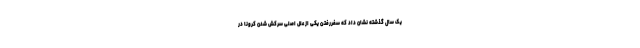
یک سال گذشته نشان داد که سفررفتن یکی از علل اصلی سرکش شدن کرونا در